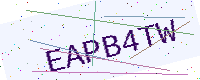
Text: EAPB4TW